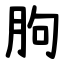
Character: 朐